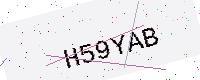
Text: H59YAB